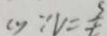
( 1 ) \because v = \frac { s } { t }